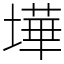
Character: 墷